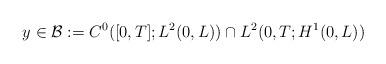
LaTeX: \begin{align*} y \in \mathcal{B}:= C^0([0, T];L^2(0,L))\cap L^2(0,T;H^1(0,L)) \end{align*}